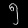
Digit: ၅